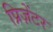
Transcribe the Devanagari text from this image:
प्रिज़ेंटर